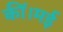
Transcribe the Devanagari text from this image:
कीं।मई